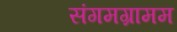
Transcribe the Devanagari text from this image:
संगमग्रामम